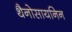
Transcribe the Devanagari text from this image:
थैनोसायनिन